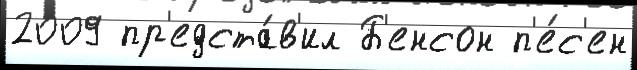
2009 пр'едста́в'ил Б'енсон п'е́с'ен